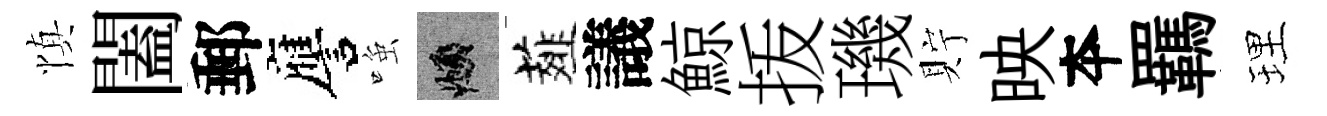
慎闔郵譍𫪻頫薤議鯨㧞璣貯映夲羈理